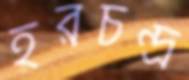
হরচন্দ্র